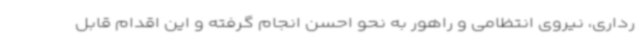
رداری، نیروی انتظامی و راهور به نحو احسن انجام گرفته و این اقدام قابل